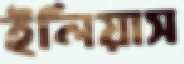
ইলিয়াস